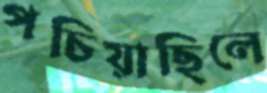
পচিয়াছিলে